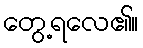
တွေ့ရလေ၏။